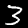
Digit: 3